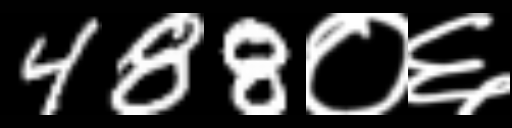
Text: 488०६